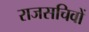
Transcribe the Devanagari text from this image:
राजसचिवों